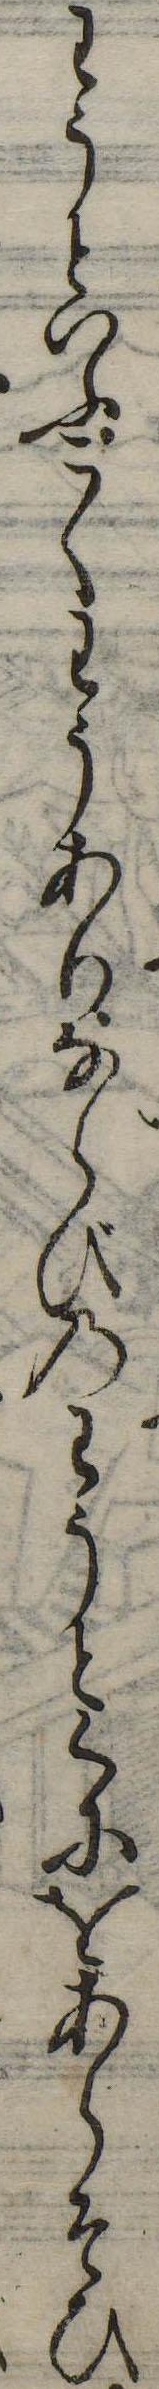
わうといふこくわうありならびのわうとく小をあらそひ